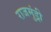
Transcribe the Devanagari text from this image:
राजमुंड्री